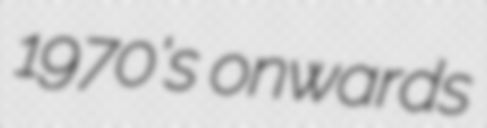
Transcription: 1970's onwards